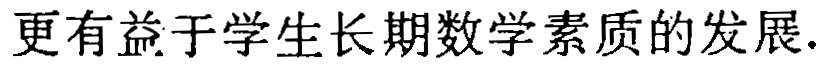
更有益于学生长期数学素质的发展.